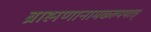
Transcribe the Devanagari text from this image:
ब्राह्मणानामकल्पयात्‌